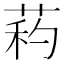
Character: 𦱜